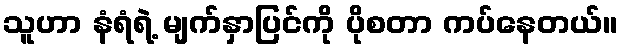
သူဟာ နံရံရဲ့ မျက်နှာပြင်ကို ပိုစတာ ကပ်နေတယ်။